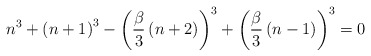
\begin{align*}n^{3}+\left(n+1\right)^{3}-\left(\frac{\beta}{3}\left(n+2\right)\right)^{3}+\left(\frac{\beta}{3}\left(n-1\right)\right)^{3}=0\end{align*}